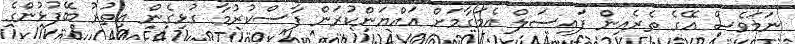
ނަމަވެސް އޭގެ ތެރެއިން ފައިސަލް އެމަގާމަށް އައްޔަންކުރަން ފާސްކުރުމާ ގުޅިގެން އިތުރު ބޭފުޅުންގެ